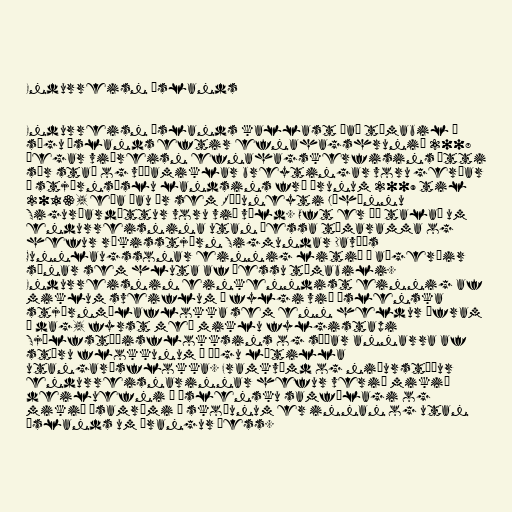
Endurreisn Íslands

Endurreisn Íslands kallast það tímabil í
sögu Íslands eftir efnahagshrunið 2008
þegar viðreisn efnahagskerfisins átti
sér stað og víðamiklar breytingar voru gerðar
á stjórnsýslu landsins frá árunum 2009 til
2013, eða þau ár sem Ráðuneyti Jóhönnu
Sigurðardóttur voru við völd. Oft er þó talað um
endurreisnina utan þessa tímaramma og
hefur ríkisstjórn Sigmundar Davíðs
Gunnlaugssonar einnig litið á aðgerðir
sínar sem hluta af þessu tímabili.
Endurreisnin einkenndist einnig af
miklum sveiflum í fylgi við íslenska
stjórnmálaflokka sem enn heldur áfram
í dag, fyrst með miklu fylgistapi
Sjálfstæðisflokksins og síðar annarra af
stóru flokkunum í þágu lítilla
utangarðsflokka. Framkvæmd og niðurstöður
endurreisnarinnar hefur verið mikið
deiluefni í íslensku samfélagi og
mikið ósamræmi í skoðunum er innan og utan
Íslands um árangur þess.